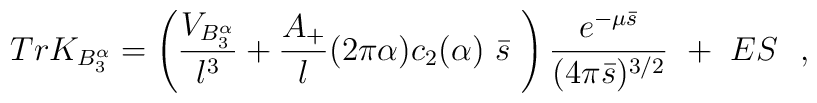
Tr K_{B_3^{\alpha}}=\left( {V_{B_3^{\alpha}}\over l^3}+{A_+\over l}(2\pi\alpha )c_2(\alpha )~\bar{s}~ \right){e^{-\mu\bar{s}}\over (4\pi \bar{s})^{3/2}}~ +~ES~~,